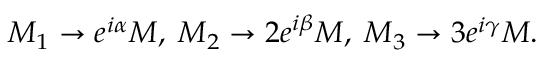
M _ { 1 } \rightarrow e ^ { i \alpha } M , \; M _ { 2 } \rightarrow 2 e ^ { i \beta } M , \; M _ { 3 } \rightarrow 3 e ^ { i \gamma } M .